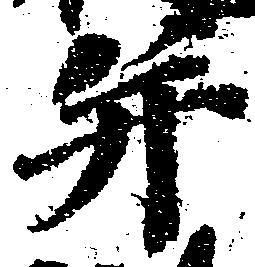
并